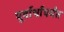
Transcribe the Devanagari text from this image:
पूर्वार्धापर्यंत